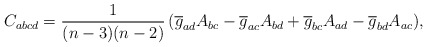
\begin{align*}C_{abcd} = \frac{1}{(n-3)(n-2)}\, ( \overline{g}_{ad}A_{bc} - \overline{g}_{ac}A_{bd} + \overline{g}_{bc}A_{ad} - \overline{g}_{bd}A_{ac}) ,\end{align*}